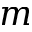
m